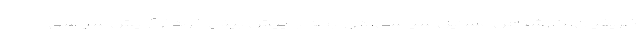
ظریفیان، کارشناس مسایل سیاسی، در رابطه با پیش بینی خود از آرایش سیاسی